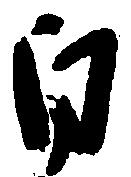
自